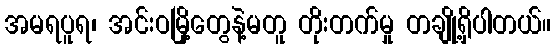
အမရပူရ၊ အင်းဝမြို့တွေနဲ့မတူ တိုးတက်မှု တချို့ရှိပါတယ်။